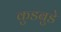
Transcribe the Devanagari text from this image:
कुडबुडे